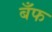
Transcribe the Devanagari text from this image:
बँफ